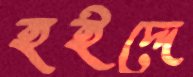
হইদ্দে